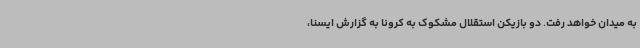
به میدان خواهد رفت. دو بازیکن استقلال مشکوک به کرونا به گزارش ایسنا،